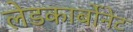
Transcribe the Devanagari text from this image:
लेडकार्बोनेट